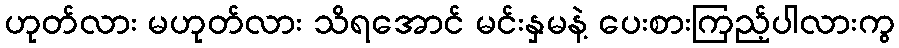
ဟုတ်လား မဟုတ်လား သိရအောင် မင်းနှမနဲ့ ပေးစားကြည့်ပါလားကွ